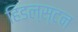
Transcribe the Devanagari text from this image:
हिडल्स्टन